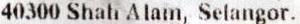
40300 SHAH ALAM, SELANGOR.